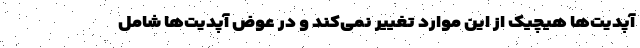
آپدیت‌ها هیچیک از این موارد تغییر نمی‌کند و در عوض آپدیت‌ها شامل